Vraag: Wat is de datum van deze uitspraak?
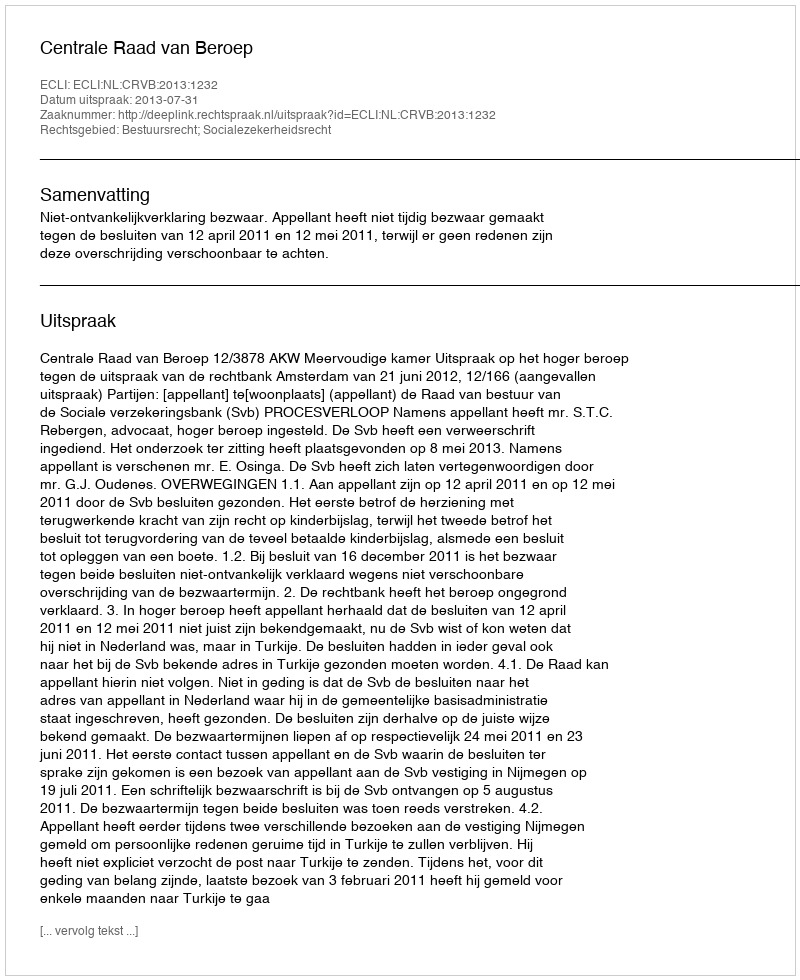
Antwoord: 2013-07-31